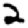
Digit: 2